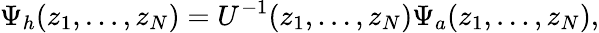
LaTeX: \Psi_{h}(z_{1},\dots,z_{N})=U^{-1}(z_{1},\dots,z_{N})\Psi_{a}(z_{1},\dots,z_{N}),